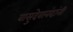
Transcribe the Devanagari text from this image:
वासुदेवानंदांनी